Maemoisa_(Sinalepa)_vallavalitsus, lk 15
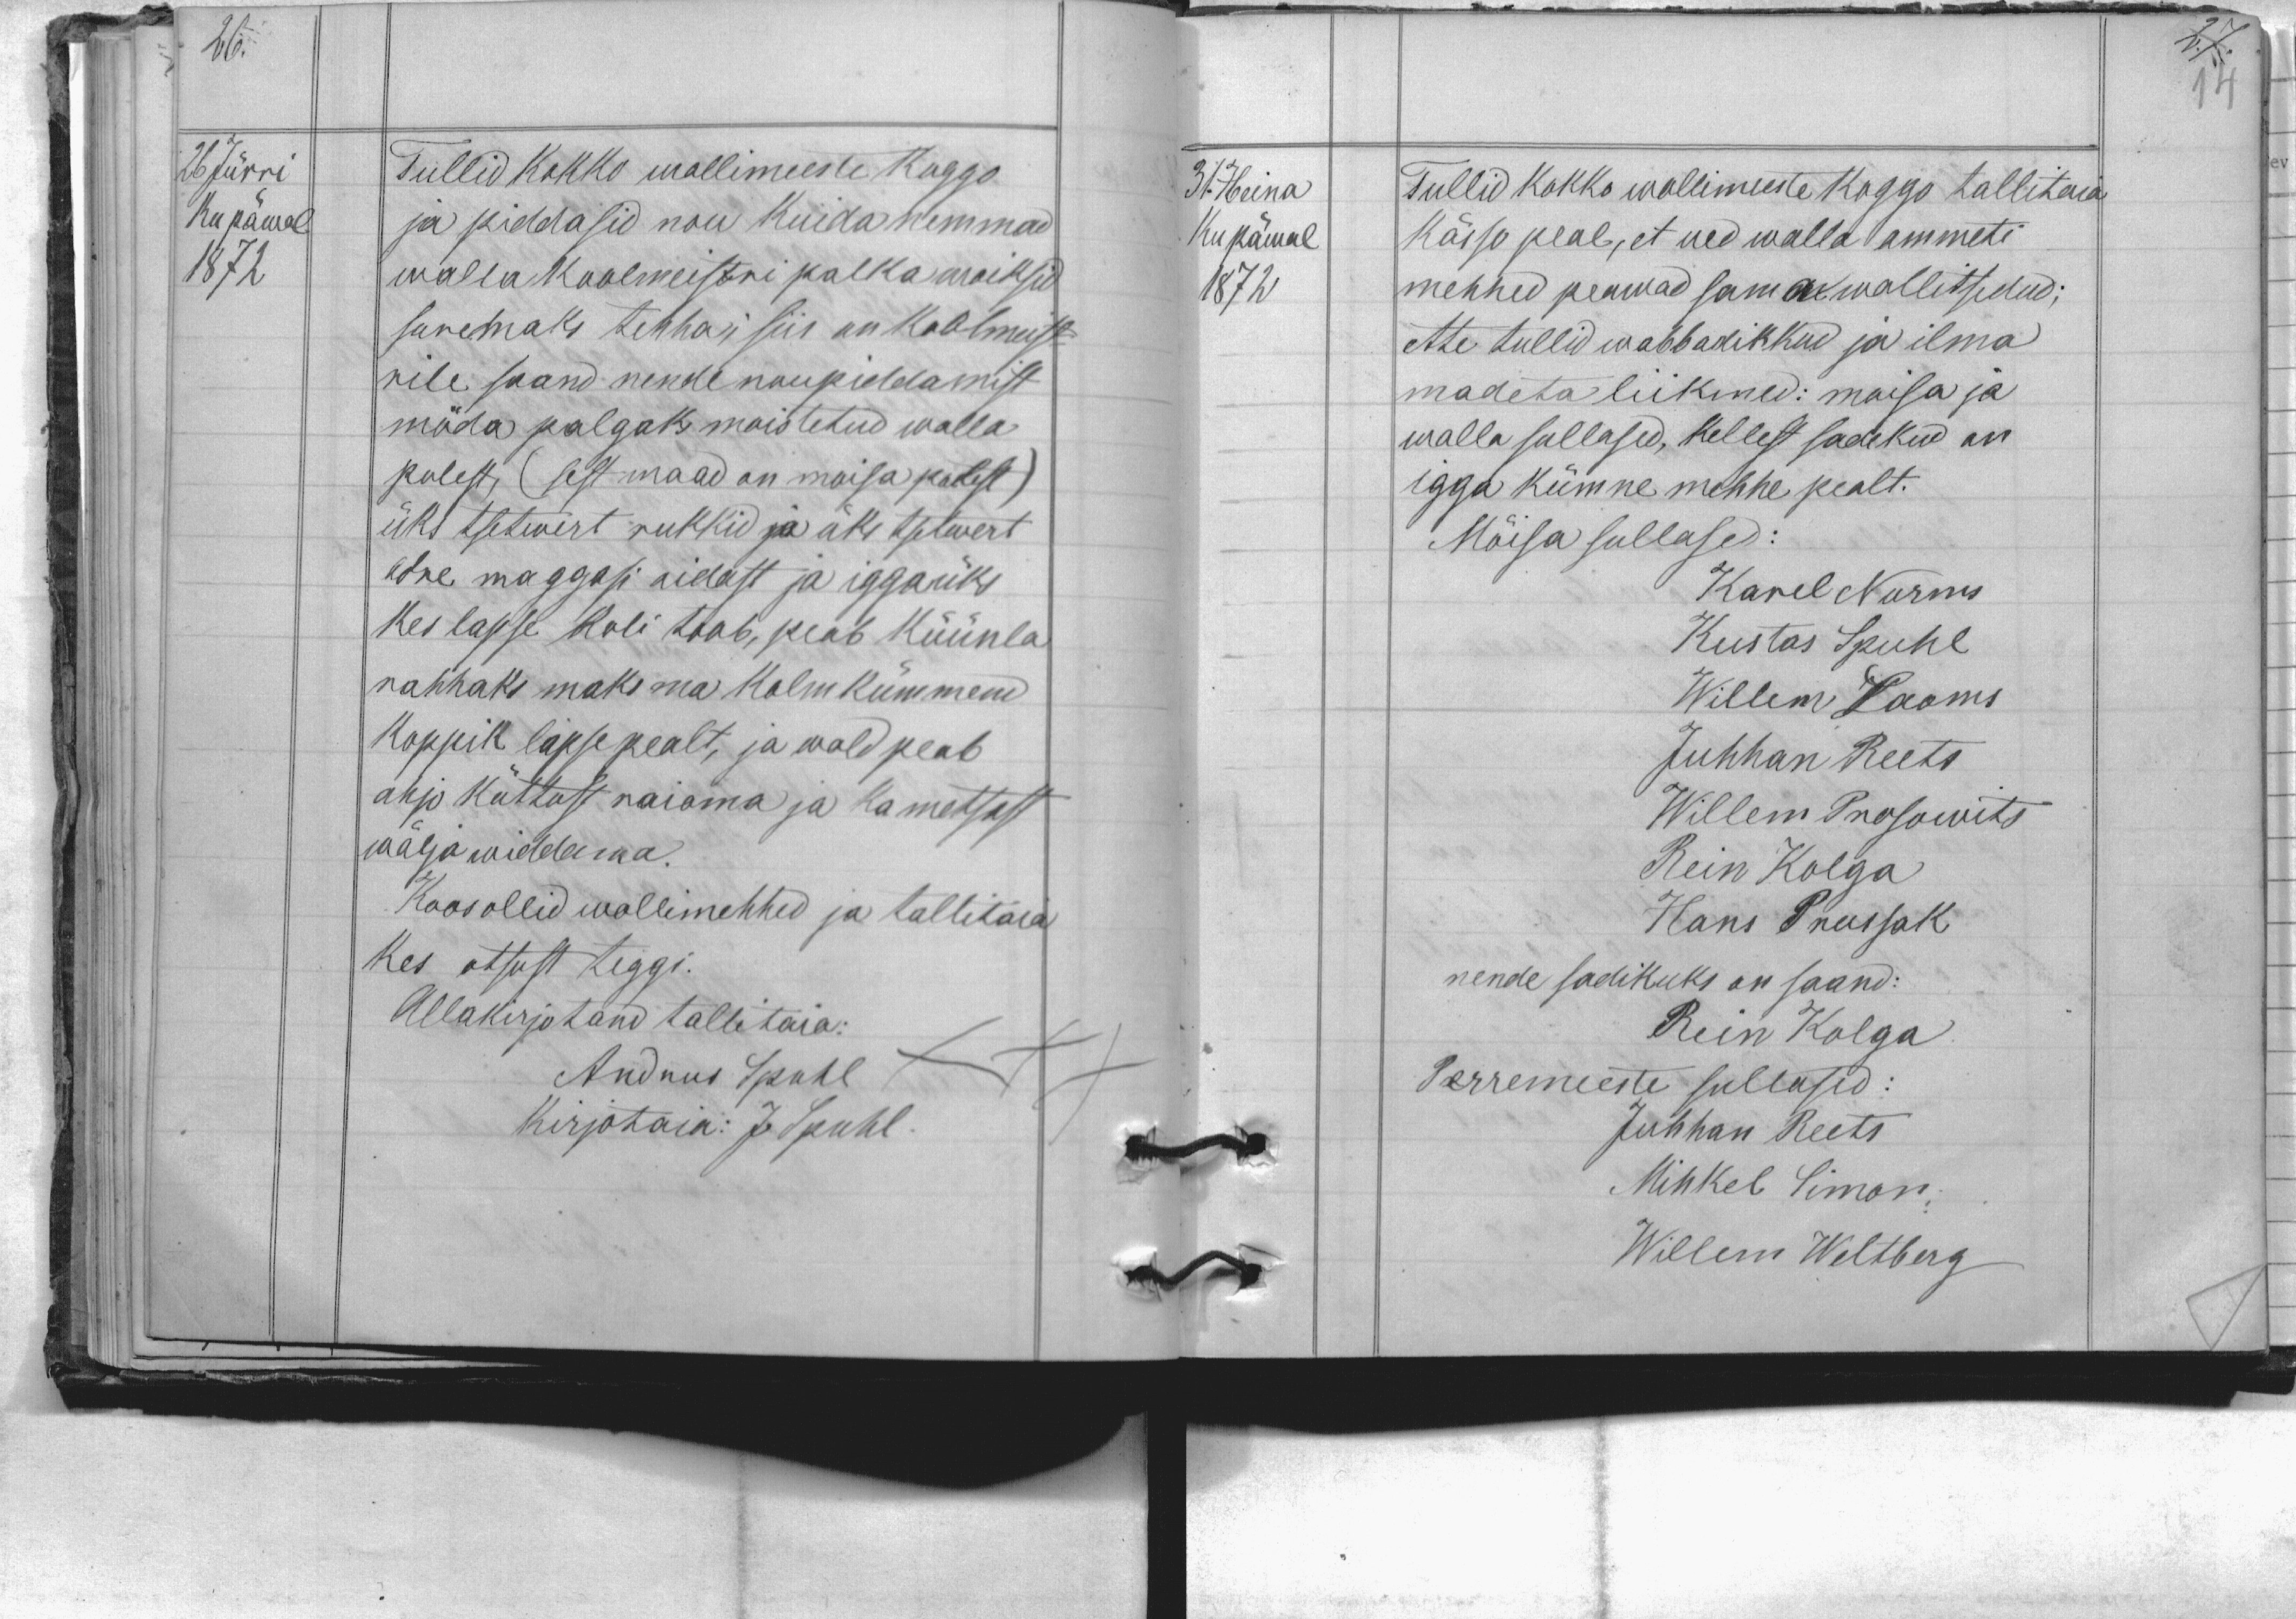
26 Jürri
Tullid kokko wollimeeste koggo
Ku päwal
ja piddasid nou kuida nemmad
1872
walla koolmeistri palka woiksid
suremaks tehha, siis on koolmeist-
rile saand nende noupiddamist
möda palgaks moistetud walla-
polest, (sest maad on moisa polest)
üks tsetwert rukkid ja üks tsetwert
odre maggasi aidast ja iggaüks
kes lapse koli toob, peab küünla
rahhaks maksma kolmkümmend
koppik lapse pealt, ja wald peab
ahjo küttust raioma ja ka metsast
wälja widdama.
Koos ollid wollimehhed ja tallitaia
kes otsust teggi.
Allakirjotand tallitaia:
Andrus Spuhl
kirjotaia: J. Spuhl.

31. Heina
Tullid kokko wollimeeste koggo tallitaia
Kupäwal
kässo peab, et ued walla ammeti
1872
mehhed peawad sama wallitsedud;
ette tullid wabbadikkud ja ilma
madeta liikmed: moisa ja
walla sullased, kellest sadekud on
igga kümne mehhe pealt.
Mõisa sullased:
Karel Nurms
Kustas Spuhl
Willem Laoms
Juhhan Reets
Willem Prosowits
Rein Kolga
Hans Prussak
nende sadikuks on saand:
Rein Kolga
Perremeeste sullased:
Juhhan Reets
Mihkel Simon
Willem Weltberg